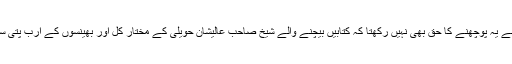
میں شیخ صاحب سے یہ پوچھنے کا حق بھی نہیں رکھتا کہ کتابیں بیچنے والے شیخ صاحب عالیشان حویلی کے مختار کل اور بھینسوں کے ارب پتی سوداگر کیسے بنے۔